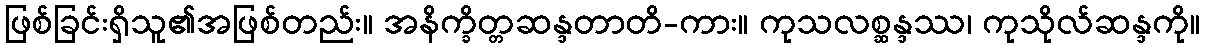
ဖြစ်ခြင်းရှိသူ၏အဖြစ်တည်း။ အနိက္ခိတ္တဆန္ဒတာတိ-ကား။ ကုသလစ္ဆန္ဒဿ၊ ကုသိုလ်ဆန္ဒကို။